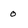
Character: 0